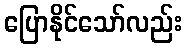
ပြောနိုင်သော်လည်း